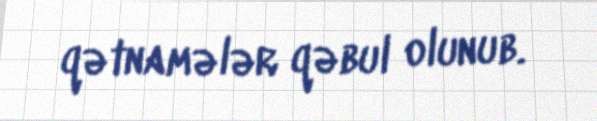
qətnamələr qəbul olunub.